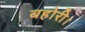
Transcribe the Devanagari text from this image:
बहोरी।